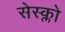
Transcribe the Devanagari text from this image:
सेस्क्लो